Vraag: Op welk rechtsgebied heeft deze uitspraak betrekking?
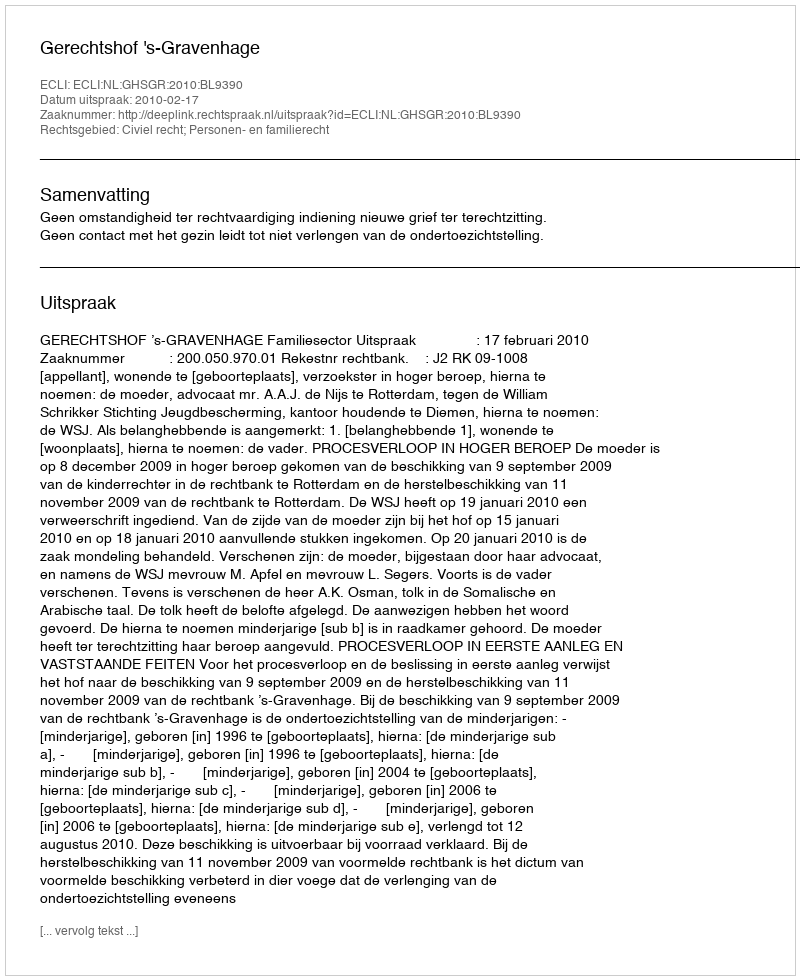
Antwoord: Civiel recht; Personen- en familierecht